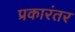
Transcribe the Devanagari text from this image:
प्रकारंतर